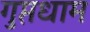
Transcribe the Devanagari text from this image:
गुप्तधाम